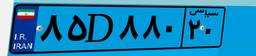
۲۵D۶۲۷۴۵